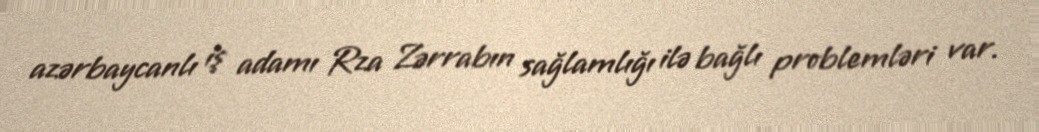
azərbaycanlı iş adamı Rza Zərrabın sağlamlığı ilə bağlı problemləri var.